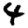
Digit: 4